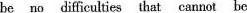
be no difficulties that cannot be